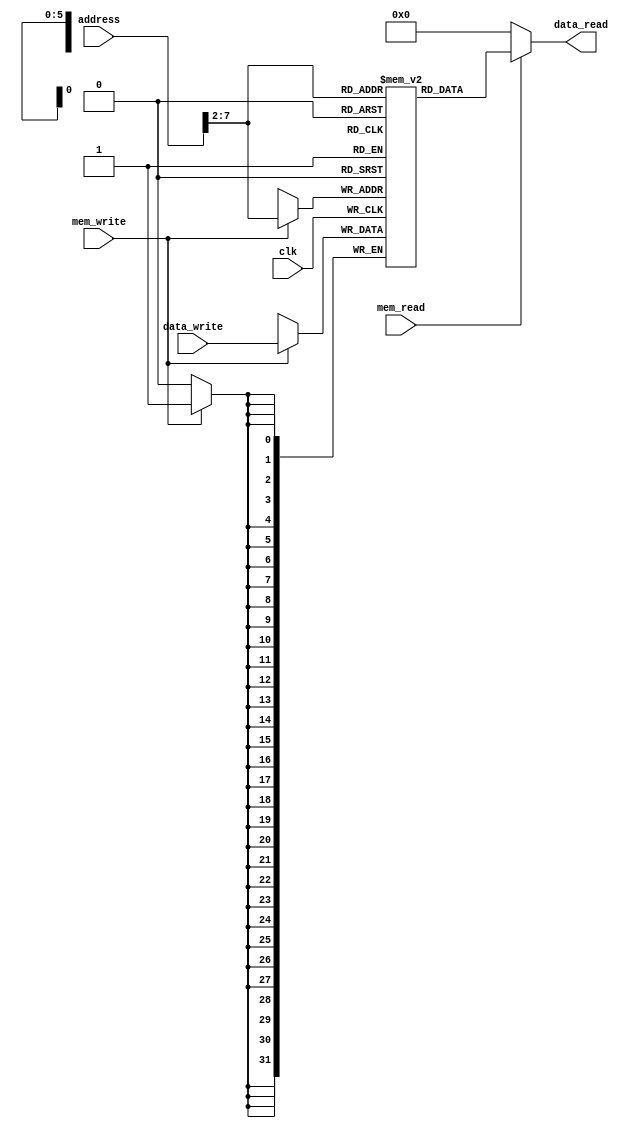
`ifndef MODULE_DATAMEMORY
`define MODULE_DATAMEMORY
`timescale 1ns / 1ps

module DataMemory(
    input       clk, mem_read, mem_write,
    input       [31:0]  address, data_write,
    output      [31:0]  data_read
    );
    parameter        size = 64;	
    wire     [31:0]  index;
    reg      [31:0]  register_memory [0:size-1];
    integer i;
    
    assign index = address >> 2;
    initial begin
        for (i = 0; i < size; i = i + 1)
            register_memory[i] = 32'b0;  // initialize the memory
    end
    
    always @ ( posedge clk ) begin
        if (mem_write == 1'b1) begin
            register_memory[index] = data_write;  //write data one by one
        end
    end
    
    assign data_read = (mem_read == 1'b1) ? register_memory[index]:32'b0;
    endmodule
`endif